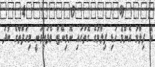
އެ ފިލްމު އެންމެ ހަޑި ފިލްމުގެ ގޮތުގައި ނޮމިނޭޓް ވެފައިވަނީ މިހަފްތާގެ ބުދަ